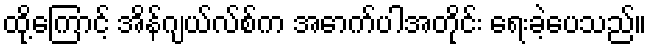
ထို့ကြောင့် အိန်ဂျယ်လ်စ်က အောက်ပါအတိုင်း ရေးခဲ့ပေသည်။